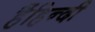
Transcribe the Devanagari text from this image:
हैंहिन्दी